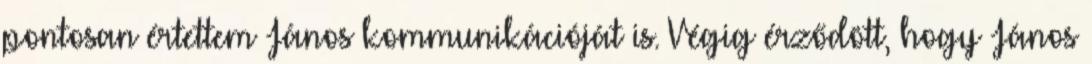
pontosan értettem János kommunikációját is. Végig érződött, hogy János